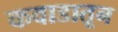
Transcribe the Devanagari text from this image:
कवाडातून